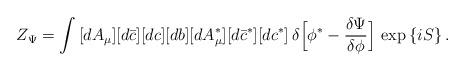
LaTeX: \begin{align*}Z_\Psi=\int\,[dA_\mu][d\bar c][dc][db][dA^\ast_\mu][d\bar c^\ast][dc^\ast]\,\delta\Bigl[\phi^\ast-\frac{\delta\Psi}{\delta\phi}\Bigr]\,\exp\,\{iS\}\,.\end{align*}